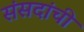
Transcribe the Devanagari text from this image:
संसदांची